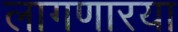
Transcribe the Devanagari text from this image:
लागणारया